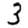
Digit: 3